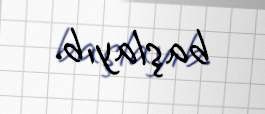
başlayıb.